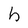
Character: h